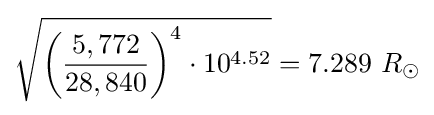
{\sqrt {{\biggl (}{\frac {5,772}{28,840}}{\biggr )}^{4}\cdot 10^{4.52}}}=7.289\ R_{\odot }